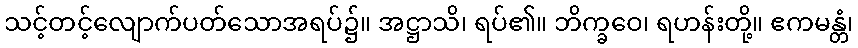
သင့်တင့်လျောက်ပတ်သောအရပ်၌။ အဋ္ဌာသိ၊ ရပ်၏။ ဘိက္ခဝေ၊ ရဟန်းတို့။ ဧကမန္တံ၊